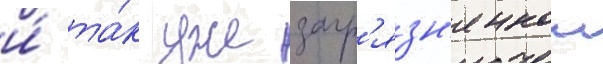
и́ та́к уже загр'язн'еннои